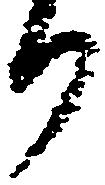
り